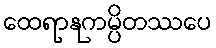
ထေရာနုကမ္ပိတဿပေ